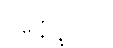
အနိပ္ဖလာ